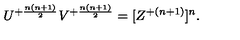
U ^ { + { \frac { n ( n + 1 ) } { 2 } } } V ^ { + { \frac { n ( n + 1 ) } { 2 } } } = [ Z ^ { + { ( n + 1 ) } } ] ^ { n } .